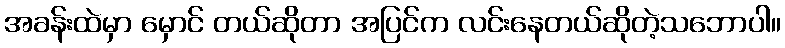
အခန်းထဲမှာ မှောင် တယ်ဆိုတာ အပြင်က လင်းနေတယ်ဆိုတဲ့သဘောပါ။